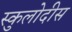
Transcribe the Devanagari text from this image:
स्कुलोदीस